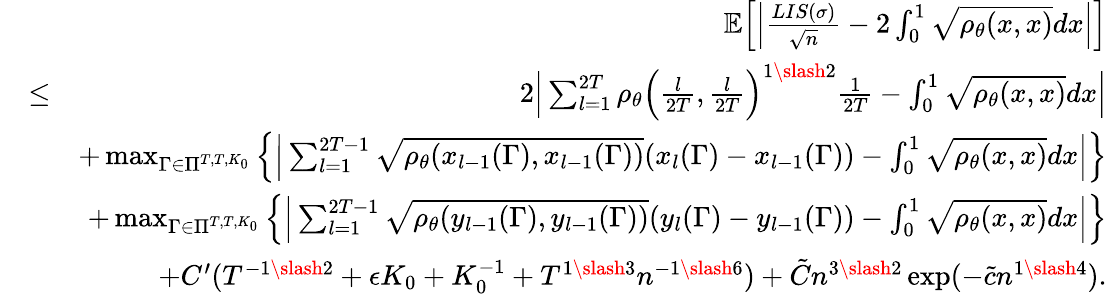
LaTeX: \begin{array}{rlr}&{}&{\mathbb{E}\Big[\Big|\frac{LIS(\sigma)}{\sqrt{n}}-2\int_{0}^{1}\sqrt{\rho_{\theta}(x,x)}dx\Big|\Big]}\\ &{\leq}&{2\Big|\sum_{l=1}^{2T}\rho_{\theta}\Big(\frac{l}{2T},\frac{l}{2T}\Big)^{1\slash 2}\frac{1}{2T}-\int_{0}^{1}\sqrt{\rho_{\theta}(x,x)}dx\Big|}\\ &{}&{+\operatorname*{max}_{\Gamma\in\Pi^{T,T,K_{0}}}\Big\{ \Big|\sum_{l=1}^{2T-1}\sqrt{\rho_{\theta}(x_{l-1}(\Gamma),x_{l-1}(\Gamma))}(x_{l}(\Gamma)-x_{l-1}(\Gamma))-\int_{0}^{1}\sqrt{\rho_{\theta}(x,x)}dx\Big|\Big\} }\\ &{}&{+\operatorname*{max}_{\Gamma\in\Pi^{T,T,K_{0}}}\Big\{ \Big|\sum_{l=1}^{2T-1}\sqrt{\rho_{\theta}(y_{l-1}(\Gamma),y_{l-1}(\Gamma))}(y_{l}(\Gamma)-y_{l-1}(\Gamma))-\int_{0}^{1}\sqrt{\rho_{\theta}(x,x)}dx\Big|\Big\} }\\ &{}&{+C^{\prime}(T^{-1\slash 2}+\epsilon K_{0}+K_{0}^{-1}+T^{1\slash 3}n^{-1\slash 6})+\tilde{C}n^{3\slash 2}\exp(-\tilde{c}n^{1\slash 4}).}\end{array}